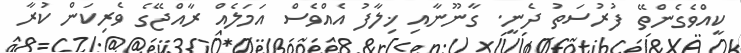
ކީއްވެގެންތޭ ފުރުސަތު ދެނީ. ގާނޫނާއި ޚިލާފު އެއްވެސް އަމަލެއް ރާއްޖޭގެ ވެރިކަން ކުރާ